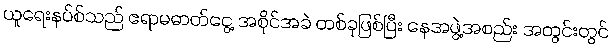
ယူရေးနပ်စ်သည် ဧရာမဓာတ်ငွေ့ အစိုင်အခဲ တစ်ခုဖြစ်ပြီး နေအဖွဲ့အစည်း အတွင်းတွင်